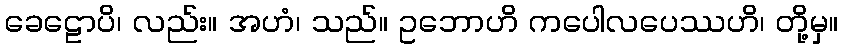
ခေဠောပိ၊ လည်း။ အဟံ၊ သည်။ ဥဘောဟိ ကပေါလပေဿဟိ၊ တို့မှ။